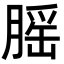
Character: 𦞼